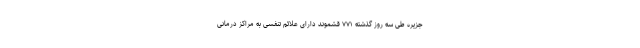
جزیره طی سه روز گذشته ۷۷۱ قشموند دارای علائم تنفسی به مراکز درمانی